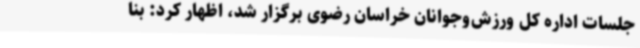
جلسات اداره کل ورزش‌وجوانان خراسان رضوی برگزار شد، اظهار کرد: بنا